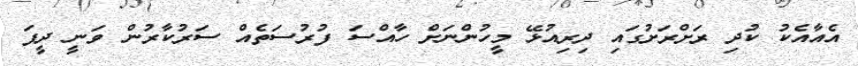
އެއާއެކު ކުދި ރަށްރަށުގައި ދިރިއުޅޭ މީހުންނަށް ހާއްސަ ފުރުސަތެއް ސަރުކާރުން ވަނީ ދީފަ